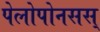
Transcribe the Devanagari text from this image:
पेलोपोनसस्‌